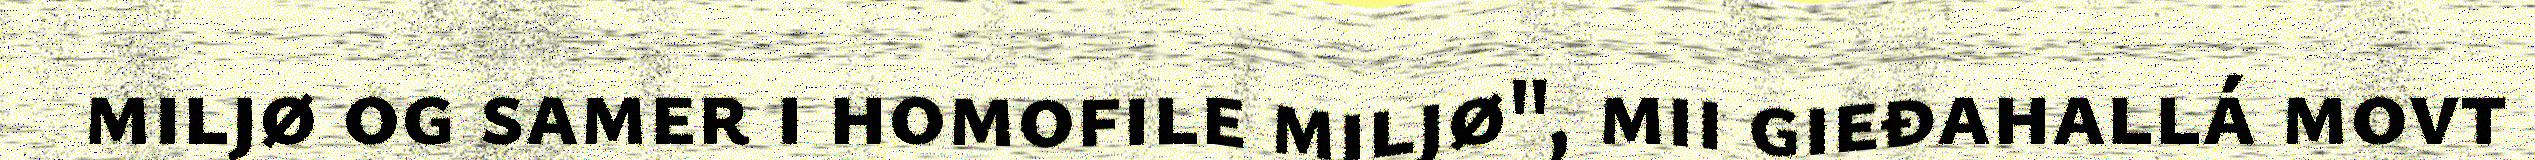
miljø og samer i homofile miljø", mii gieđahallá movt